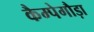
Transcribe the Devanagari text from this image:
कैम्पेगौड़ा